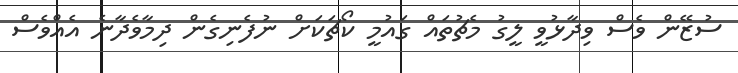
ސުޒޭން ވެސް ވިދާޅުވީ ލީގު މެޗުތައް ގައުމީ ކޯޗަކަށް ނުފެނިގެން ދިމާވެދާނެ އެއްވެސް